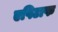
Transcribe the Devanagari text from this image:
एपिटाफ